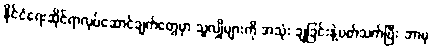
နိုင်ငံရေးဆိုင်ရာလုပ်ဆောင်ချက်တွေမှာ သူလျှိုများကို အသုံး ချခြင်းနဲ့ပတ်သက်ပြီး ဘာမှ